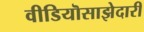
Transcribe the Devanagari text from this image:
वीडियॊसाझेदारी